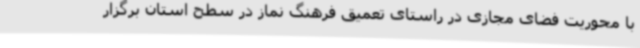
با محوریت فضای مجازی در راستای تعمیق فرهنگ نماز در سطح استان برگزار